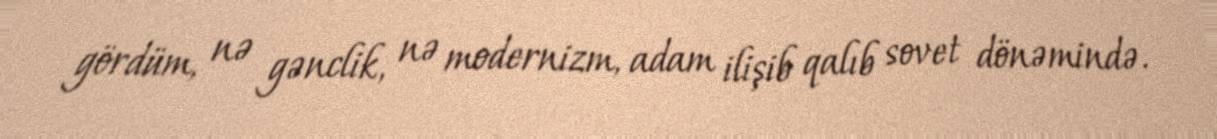
gördüm, nə gənclik, nə modernizm, adam ilişib qalıb sovet dönəmində.